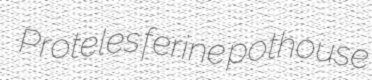
Proteles ferine pothouse